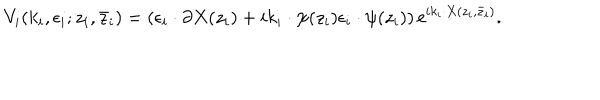
LaTeX: V _ { i } ( k _ { i } , \epsilon _ { i } ; z _ { i } , \bar { z } _ { i } ) = ( \epsilon _ { i } \cdot \partial X ( z _ { i } ) + i k _ { i } \cdot \psi ( z _ { i } ) \epsilon _ { i } \cdot \psi ( z _ { i } ) ) \, \mathrm { e } ^ { i k _ { i } \cdot X ( z _ { i } , \bar { z } _ { i } ) } .